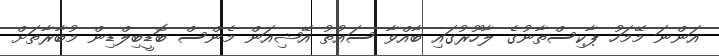
އަންނަ މޭމަހު ޕާކިސްތާނުގެ ލާހޫރުގައި ބާއްވާ ސައުތު އޭޝިއަން މެންސް ބޮޑީބިލްޑިން މުބާރާތަށް